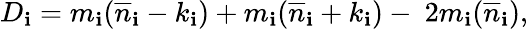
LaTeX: D_{\mathbf{i}}=m_{\mathbf{i}}({\overline{{{n}}}}_{\mathbf{i}}-k_{\mathbf{i}})+m_{\mathbf{i}}({\overline{{{n}}}}_{\mathbf{i}}+k_{\mathbf{i}})-\ 2m_{\mathbf{i}}({\overline{{{n}}}}_{\mathbf{i}}),